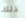
ذلك